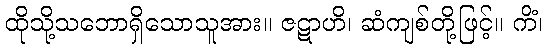
ထိုသို့သဘောရှိသောသူအား။ ဇဋာဟိ၊ ဆံကျစ်တို့ဖြင့်။ ကိံ၊